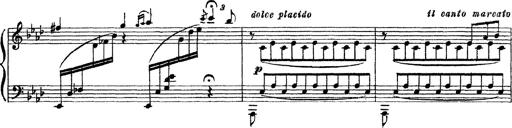
Title: 3 sonetti di Petrarca
Composer: Franz Liszt